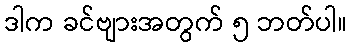
ဒါက ခင်ဗျားအတွက် ၅ ဘတ်ပါ။